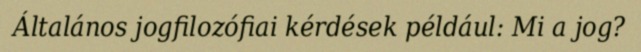
Általános jogfilozófiai kérdések például: Mi a jog?